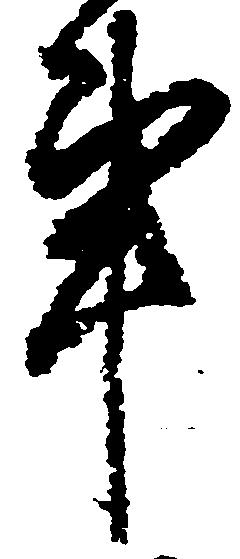
事